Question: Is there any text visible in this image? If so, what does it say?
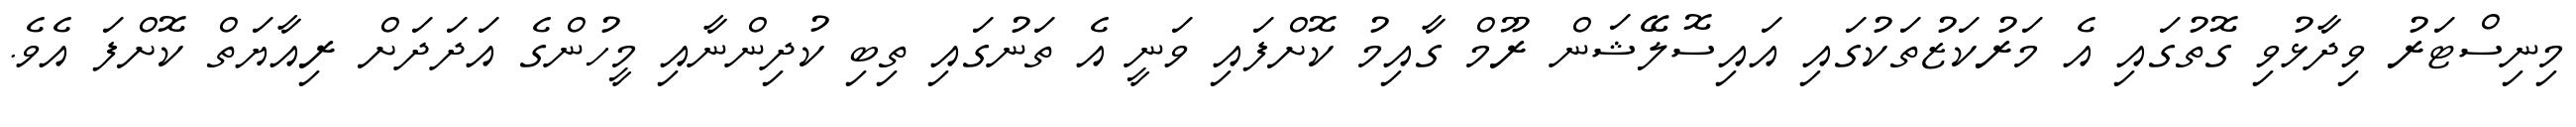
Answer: މިނިސްޓަރު ވިދާޅުވި ގޮތުގައި އެ މަރުކަޒުތަކުގައި އައިސޮލޭޝަން ރޫމް ގާއިމު ކޮށްފައި ވަނީ އެ ތަނުގައި ތިބި ކުދިންނާއި މީހުންގެ އަދަދަށް ރިއާޔަތް ކޮށްފަ އެވެ.